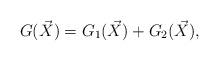
LaTeX: \begin{align*}G(\vec{X}) = G_1(\vec{X}) + G_2(\vec{X}), \end{align*}